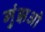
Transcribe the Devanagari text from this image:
गुंझओ